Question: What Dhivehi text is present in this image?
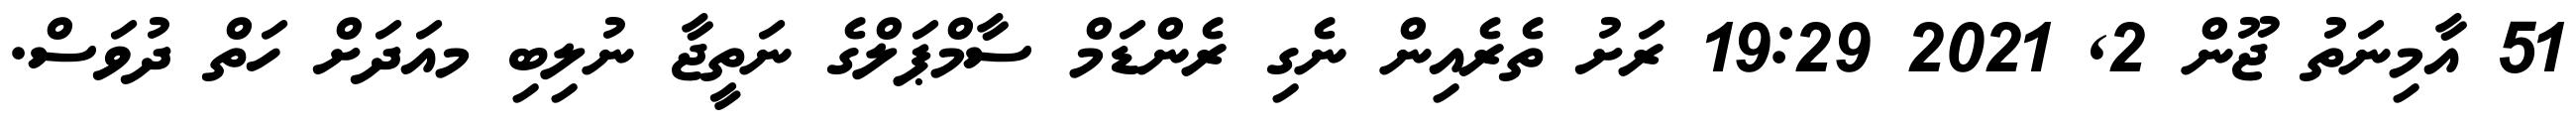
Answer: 51 އާމިނަތު ޖޫން 2, 2021 19:29 ރަށު ތެރެއިން ނެގި ރެންޑަމް ސާމްޕަލްގެ ނަތީޖާ ނުލިބި މއަދަށް ހަތް ދުވަސް.